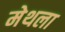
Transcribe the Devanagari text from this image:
मेथला